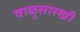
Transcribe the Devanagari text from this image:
वाळूसारखी